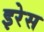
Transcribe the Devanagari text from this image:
इरेस